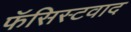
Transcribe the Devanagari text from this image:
फॅसिस्टवाद